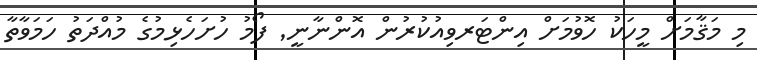
މި މަޤާމަށް މީހަކު ހޮވުމަށް އިންޓަރވިއުކުރުން އޮންނާނީ